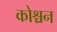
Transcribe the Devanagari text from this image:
कोश्चन